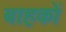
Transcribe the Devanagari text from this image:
बाहकों